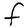
Character: F